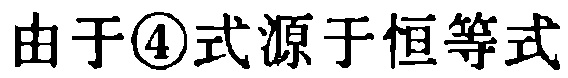
由于\textcircled{4}式源于恒等式